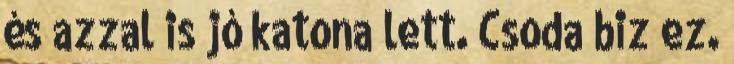
és azzal is jó katona lett. Csoda biz ez.